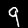
Digit: 9